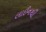
લાઈનથી